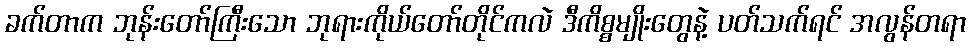
ခက်တာက ဘုန်းတော်ကြီးသော ဘုရားကိုယ်တော်တိုင်ကလဲ ဒီကိစ္စမျိုးတွေနဲ့ ပတ်သက်ရင် အလွန်တရာ